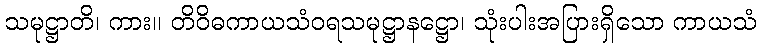
သမုဋ္ဌာတိ၊ ကား။ တိဝိဓကာယသံဝရသမုဋ္ဌာနဋ္ဌော၊ သုံးပါးအပြားရှိသော ကာယသံ